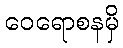
ဝေရောစနမှိ